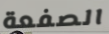
الصفعة